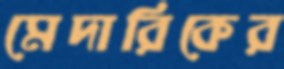
মেদারিকের